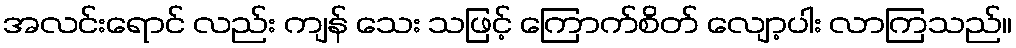
အလင်းရောင် လည်း ကျန် သေး သဖြင့် ကြောက်စိတ် လျော့ပါး လာကြသည်။